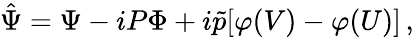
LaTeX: \hat{\Psi}=\Psi-iP\Phi+i\tilde{p}[\varphi(V)-\varphi(U)]\, ,